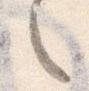
之